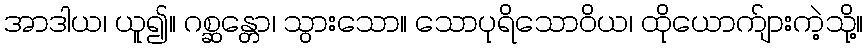
အာဒါယ၊ ယူ၍။ ဂစ္ဆန္တော၊ သွားသော။ သောပုရိသောဝိယ၊ ထိုယောက်ျားကဲ့သို့။